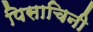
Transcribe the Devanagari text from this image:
पिसाचिनी